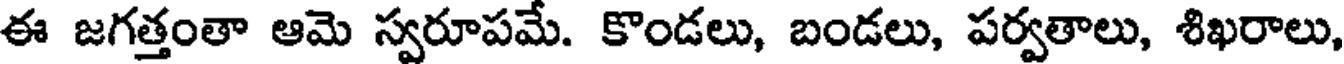
ఈ జగత్తంతా ఆమె స్వరూపమే. కొండలు, బండలు, పర్వతాలు, శిఖరాలు,